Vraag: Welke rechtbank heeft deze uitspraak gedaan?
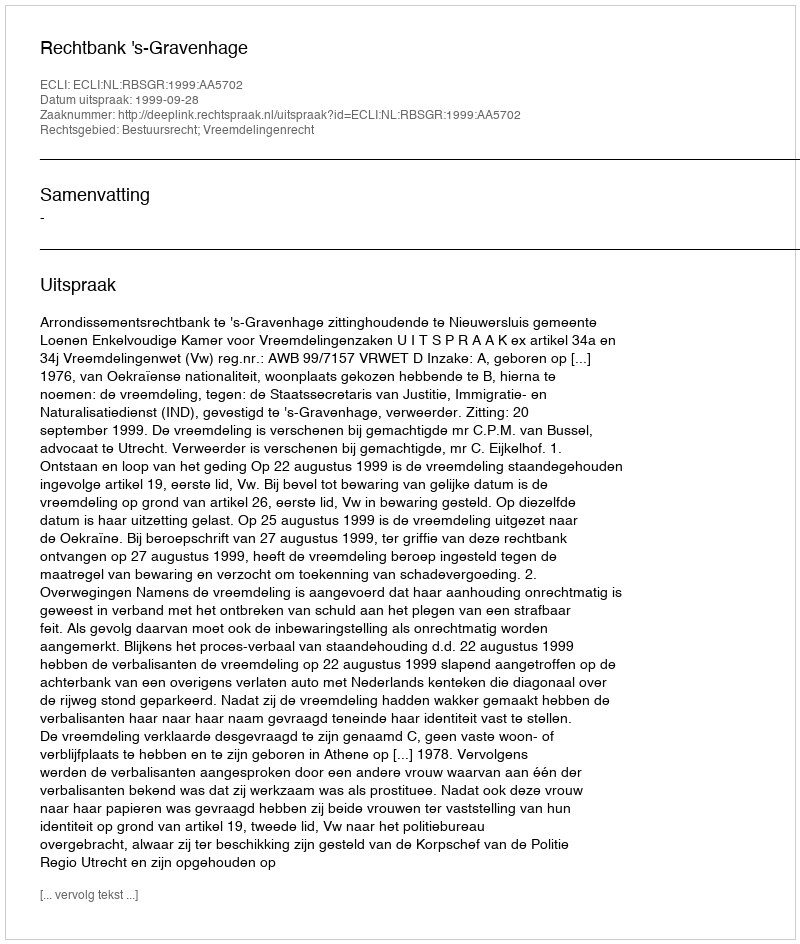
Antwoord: Rechtbank 's-Gravenhage